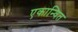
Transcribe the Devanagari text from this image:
एकान्वित